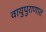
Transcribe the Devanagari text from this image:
वायुपुराणात